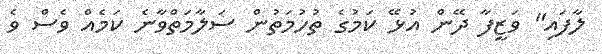
ލާފައި" ވަޒީފާ ދޭން އުޅޭ ކަމުގެ ތުހުމަތުން ސަލާމަތްވާނެ ކަމެއް ވެސް ވެ